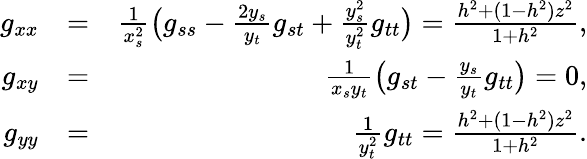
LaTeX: \begin{array}{rlr}{g_{xx}}&{=}&{\frac{1}{x_{s}^{2}}\big(g_{ss}-\frac{2y_{s}}{y_{t}}g_{st}+\frac{y_{s}^{2}}{y_{t}^{2}}g_{tt}\big)=\frac{h^{2}+(1-h^{2})z^{2}}{1+h^{2}},}\\ {g_{xy}}&{=}&{\frac{1}{x_{s}y_{t}}\big(g_{st}-\frac{y_{s}}{y_{t}}g_{tt}\big)=0,}\\ {g_{yy}}&{=}&{\frac{1}{y_{t}^{2}}g_{tt}=\frac{h^{2}+(1-h^{2})z^{2}}{1+h^{2}}.}\end{array}